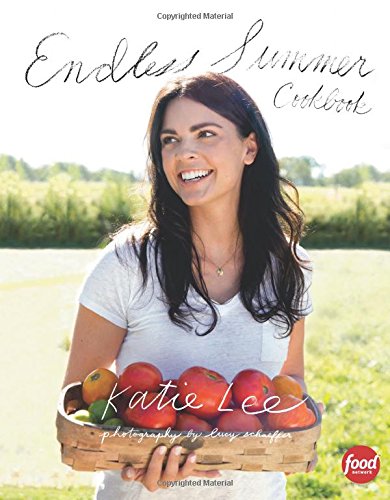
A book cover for Endless Summer Cookbook; Katie Lee; Cookbooks, Food & Wine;